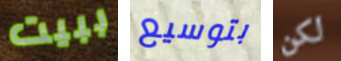
ببيت بتوسيع لكن